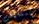
لنناقش